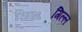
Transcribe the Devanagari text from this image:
गिल्ल